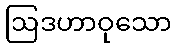
ဩဒဟာဝုသော